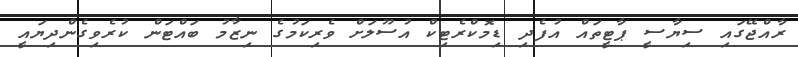
ރާއްޖޭގައި ސިޔާސީ ޕާޓީތައް އުފެދި ޑިމޮކްރެޓިކް އުސޫލަށް ވެރިކަމުގެ ނިޒާމު ބައްޓަން ކުރެވިގެންދިޔައީ